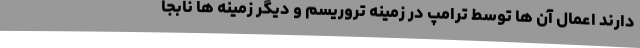
دارند اعمال آن ها توسط ترامپ در زمینه تروریسم و دیگر زمینه ها نابجا